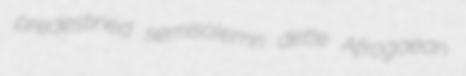
predestined semisolemn dette Afrogaean